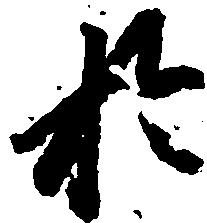
於